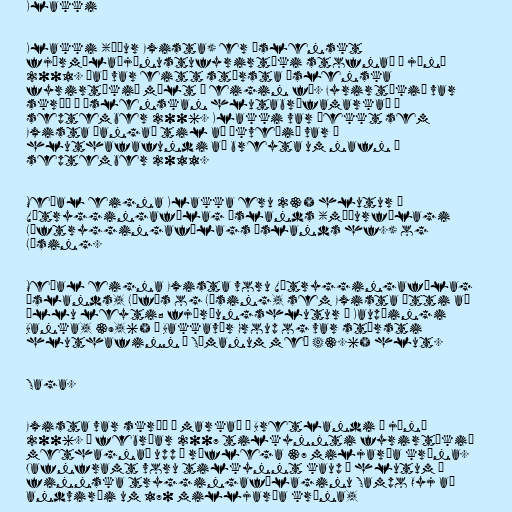
Klakki

Klakki (áður Exista) er íslenskt
fjármálaþjónustufyrirtæki stofnað í júní
2001. Það var eitt stærsta íslenska
fyrirtækið mælt í eigin fé. Fyrirtækið var
skráð á íslenskan hlutabréfamarkað í
september 2006. Klakki var þekkt sem
Exista þangað til að ákveðið var á
hluthafafundi að breyta um nafn í
september 2011.

Meðal eigna Klakka eru 23% hlutur í
Vátryggingafélag Íslands (móðurfélagi
Líftryggingafélags Íslands hf.) og
Lýsing.

Meðal eigna Exista voru Vátryggingafélag
Íslands, Lífís og Lýsing, sem Exista átti að
öllu leyti; fjórðungshlutur í Kaupþingi
Banka, 39,6% í Bakkavör Group og var stærsti
hluthafinn í Símanum með 43.6% hlut.

Saga.

Exista var skráð á markað í Bretlandi í júní
2006. Í febrúar 2007 tilkynnti fyrirtækið
methagnað upp á ríflega 37 miljarða króna.
Jafnframt voru tilkynnt kaup á hlutum í
finnska tryggingafélaginu Sampo Oyj að
andvirði um 170 milljarða króna,